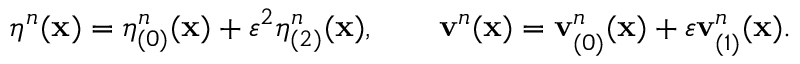
\eta ^ { n } ( \mathbf { x } ) = \eta _ { ( 0 ) } ^ { n } ( \mathbf { x } ) + \varepsilon ^ { 2 } \eta _ { ( 2 ) } ^ { n } ( \mathbf { x } ) , \qquad \mathbf { v } ^ { n } ( \mathbf { x } ) = \mathbf { v } _ { ( 0 ) } ^ { n } ( \mathbf { x } ) + \varepsilon \mathbf { v } _ { ( 1 ) } ^ { n } ( \mathbf { x } ) .